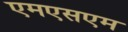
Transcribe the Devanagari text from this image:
एमएसएम